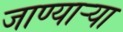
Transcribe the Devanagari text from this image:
जाण्यार्‍या